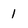
Character: 1